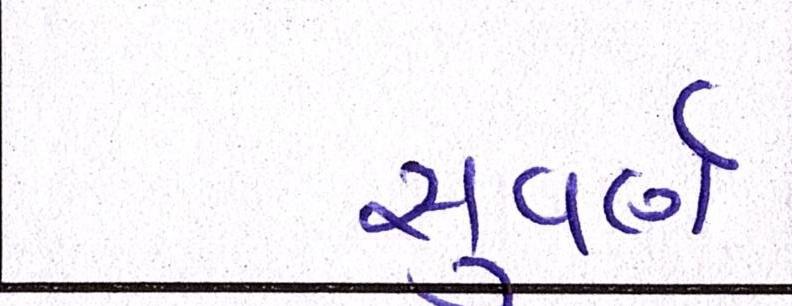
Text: સુવર્ણ